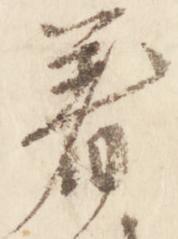
着